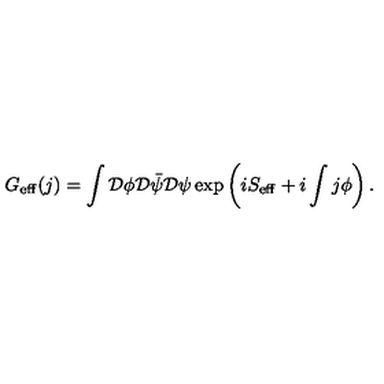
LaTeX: G _ { \mathrm { \scriptsize e f f } } ( j ) = \int { \cal D } \phi { \cal D } { \bar { \psi } } { \cal D } \psi \exp \left( i S _ { \mathrm { \scriptsize e f f } } + i \int j \phi \right) .